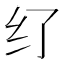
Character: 𱺑